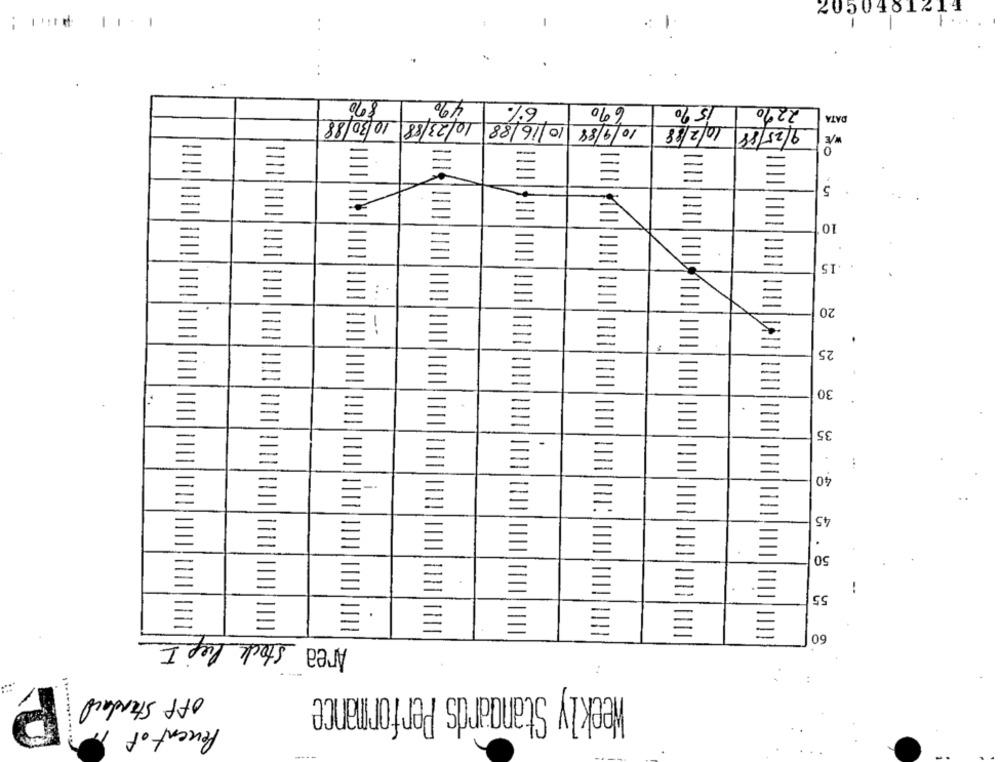
. .
890
4%
6%
690
15 90
2290
10/16/88 10/23/88 10/30/88
DATA
10/9/88
9/25/88 10/2/18
0
5
10
=
.15
20
25
=
30
.
35
40
45
E
50
55
Area Stock Piep I
60
:
Off Standard
Weekly Standards Performance
1 ..
Percent of